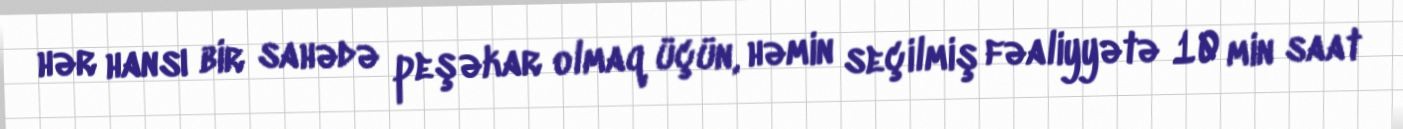
hər hansı bir sahədə peşəkar olmaq üçün, həmin seçilmiş fəaliyyətə 10 min saat